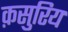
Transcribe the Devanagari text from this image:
क़सुरिय